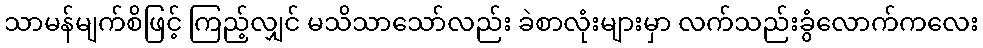
သာမန်မျက်စိဖြင့် ကြည့်လျှင် မသိသာသော်လည်း ခဲစာလုံးများမှာ လက်သည်းခွံလောက်ကလေး